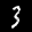
Label: 3